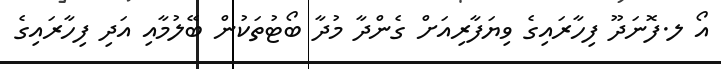
އޯ ލ.ފޮނަދޫ ފިހާރައިގެ ވިޔަފާރިއަށް ގެންދާ މުދާ ބޯޓުތަކުން ބޭލުމާއި އަދި ފިހާރައިގެ